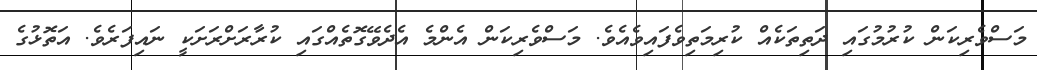
މަސްވެރިކަން ކުރުމުގައި ދަތިތަކެއް ކުރިމަތިވެފައިވެއެވެ. މަސްވެރިކަން އެންމެ އެދެވޭގޮތެއްގައި ކުރާރަށްރަށަކީ ނައިފަރެވެ. އަތޮޅުގެ